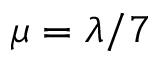
\mu = \lambda / 7